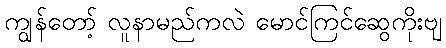
ကျွန်တော့် လူနာမည်ကလဲ မောင်ကြင်ဆွေကိုးဗျ